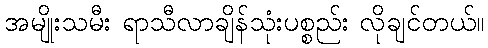
အမျိုးသမီး ရာသီလာချိန်သုံးပစ္စည်း လိုချင်တယ်။